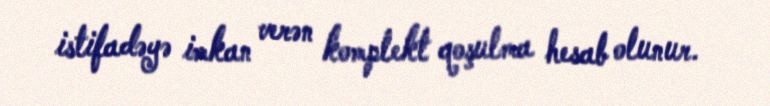
istifadəyə imkan verən komplekt qoşulma hesab olunur.